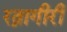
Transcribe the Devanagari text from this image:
रत्नागीरी